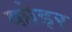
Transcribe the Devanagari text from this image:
कोइर